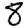
Digit: 8